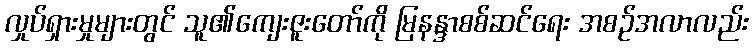
လှုပ်ရှားမှုများတွင် သူ၏ကျေးဇူးတော်ကို မြနန္ဒာစစ်ဆင်ရေး အစဉ်အလာလည်း